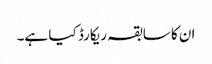
ان کا سابقہ ریکارڈ کیا ہے۔